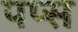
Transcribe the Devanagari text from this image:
पप्स